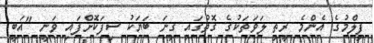
ފިލްމުގެ އެންމެ ރީތި ލަވަތަކުގެ ގޮތުގައި ގިނަ ބަޔަކު ސިފަކޮށްފައި ވަނީ "އަބީ